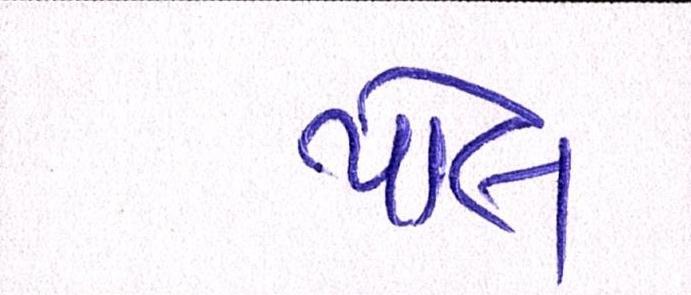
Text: પોલ